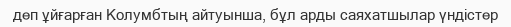
деп ұйғарған Колумбтың айтуынша, бұл арды саяхатшылар үндістер